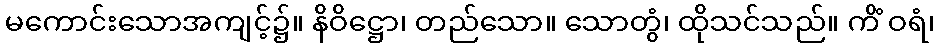
မကောင်းသောအကျင့်၌။ နိဝိဋ္ဌော၊ တည်သော။ သောတွံ၊ ထိုသင်သည်။ ကိံ ဝရံ၊